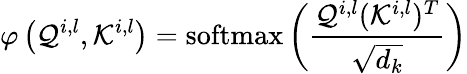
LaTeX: \varphi\left(\mathcal{Q}^{i,l},\mathcal{K}^{i,l}\right)=\operatorname{softmax}\left(\frac{\mathcal{Q}^{i,l}(\mathcal{K}^{i,l})^{T}}{\sqrt{d_{k}}}\right)